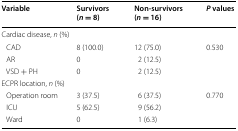
| Variable | Survivors (n = 8) | Non-survivors (n = 16) | P values |
 | --- | --- | --- | --- |
 | <COLSPAN=4> Cardiac disease, n (%) |
 | CAD | 8 (100.0) | 12 (75.0) | <ROWSPAN=3> 0.530 |
 | AR | 0 | 2 (12.5) |
 | VSD + PH | 0 | 2 (12.5) |
 | <COLSPAN=4> ECPR location, n (%) |
 | Operation room | 3 (37.5) | 6 (37.5) | <ROWSPAN=3> 0.770 |
 | ICU | 5 (62.5) | 9 (56.2) |
 | Ward | 0 | 1 (6.3) |